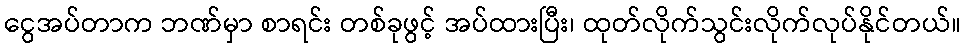
ငွေအပ်တာက ဘဏ်မှာ စာရင်း တစ်ခုဖွင့် အပ်ထားပြီး၊ ထုတ်လိုက်သွင်းလိုက်လုပ်နိုင်တယ်။